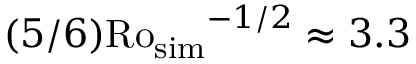
( 5 / 6 ) \mathrm { R o _ { s i m } } ^ { - 1 / 2 } \approx 3 . 3